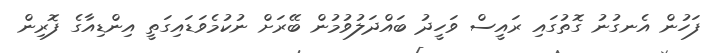
ފަހުން އެނގުނު ގޮތުގައި ރައީސް ވަހީދު ބައްދަލުވުމުން ބޭރަށް ނުކުމެވަޑައިގަތީ އިންޑިއާގެ ފޮރިން